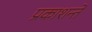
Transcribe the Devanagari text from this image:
प्रकाशन्ते